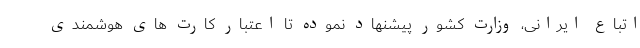
اتباع ایرانی، وزارت کشور پیشنهاد نموده تا اعتبار کارت های هوشمندی